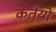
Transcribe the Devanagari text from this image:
कतैयों